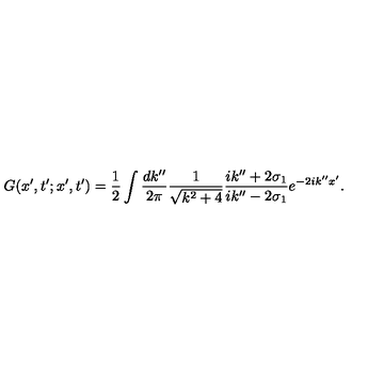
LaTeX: G ( x ^ { \prime } , t ^ { \prime } ; x ^ { \prime } , t ^ { \prime } ) = \frac { 1 } { 2 } \int \frac { d k ^ { \prime \prime } } { 2 \pi } \frac { 1 } { \sqrt { k ^ { 2 } + 4 } } \frac { i k ^ { \prime \prime } + 2 \sigma _ { 1 } } { i k ^ { \prime \prime } - 2 \sigma _ { 1 } } e ^ { - 2 i k ^ { \prime \prime } x ^ { \prime } } .